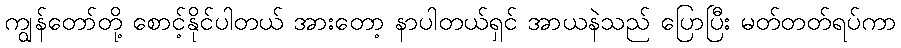
ကျွန်တော်တို့ စောင့်နိုင်ပါတယ် အားတော့ နာပါတယ်ရှင် အာယနဲသည် ပြောပြီး မတ်တတ်ရပ်ကာ